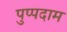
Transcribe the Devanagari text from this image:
पुप्पदाम